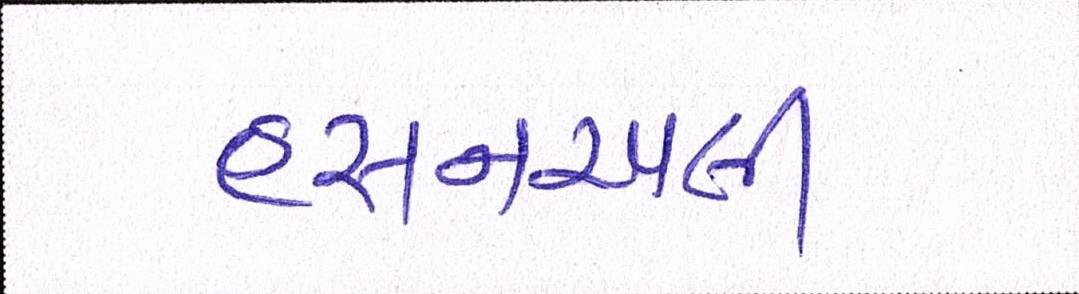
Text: હસનઅલી